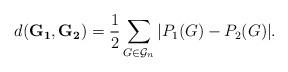
LaTeX: \begin{align*}d_{ } (\mathbf{G_1},\mathbf{G_2})= \frac{1}{2} \sum_{G\in \mathcal{G}_n} |P_1(G)-P_2(G)|.\end{align*}